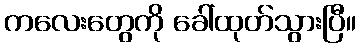
ကလေးတွေကို ခေါ်ထုတ်သွားပြီ။